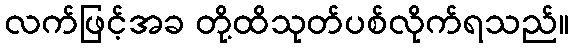
လက်ဖြင့်အခ တို့ထိသုတ်ပစ်လိုက်ရသည်။